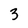
Character: 3